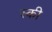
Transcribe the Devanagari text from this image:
स्‍की